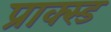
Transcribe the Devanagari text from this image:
प्राक्स्ड